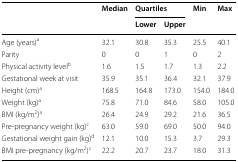
<table><thead><tr><td rowspan="2"></td><td rowspan="2"><b>Median</b></td><td colspan="2"><b>Quartiles</b></td><td rowspan="2"><b>Min</b></td><td rowspan="2"><b>Max</b></td></tr><tr><td><b>Lower</b></td><td><b>Upper</b></td></tr></thead><tbody><tr><td>Age (years)<sup>a</sup></td><td>32.1</td><td>30.8</td><td>35.3</td><td>25.5</td><td>40.1</td></tr><tr><td>Parity</td><td>0</td><td>0</td><td>1</td><td>0</td><td>2</td></tr><tr><td>Physical activity level<sup>b</sup></td><td>1.6</td><td>1.5</td><td>1.7</td><td>1.3</td><td>2.2</td></tr><tr><td>Gestational week at visit</td><td>35.9</td><td>35.1</td><td>36.4</td><td>32.1</td><td>37.9</td></tr><tr><td>Height (cm)<sup>a</sup></td><td>168.5</td><td>164.8</td><td>173.0</td><td>154.0</td><td>184.0</td></tr><tr><td>Weight (kg)<sup>a</sup></td><td>75.8</td><td>71.0</td><td>84.6</td><td>58.0</td><td>105.0</td></tr><tr><td>BMI (kg/m<sup>2</sup>)<sup>a</sup></td><td>26.4</td><td>24.9</td><td>29.2</td><td>21.6</td><td>36.5</td></tr><tr><td>Pre-pregnancy weight (kg)<sup>c</sup></td><td>63.0</td><td>59.0</td><td>69.0</td><td>50.0</td><td>94.0</td></tr><tr><td>Gestational weight gain (kg)<sup>d</sup></td><td>12.1</td><td>10.0</td><td>15.3</td><td>3.7</td><td>29.3</td></tr><tr><td>BMI pre-pregnancy (kg/m<sup>2</sup>)<sup>c</sup></td><td>22.2</td><td>20.7</td><td>23.7</td><td>18.0</td><td>31.3</td></tr></tbody></table>